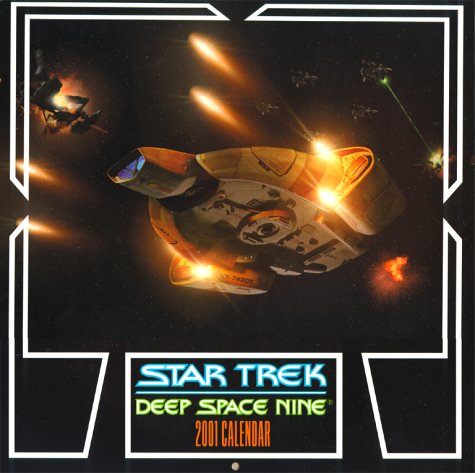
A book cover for Star Trek Deep Space Nine Calendar (Star Trek); Calendars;